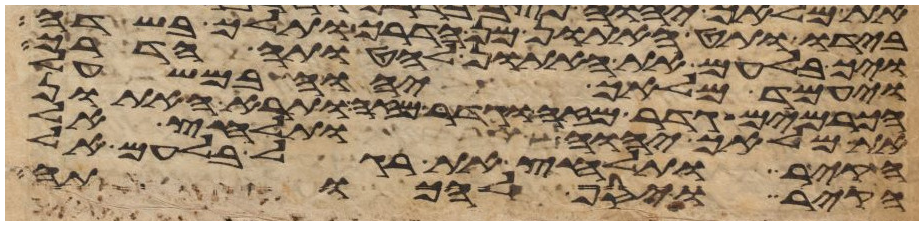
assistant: בידו ותט האתון מן הדרך ותלך בשדה
ויך בלעם את האתון להטותה הדרך
ויעמד מלאך יהוה במשעל
הכרמים גדר מזה וגדר מזה ותרא האתון
את מלאך יהוה ותלחץ אל
הקיר ותלחץ את רגל בלעם אל
הקיר ויסף להכותה